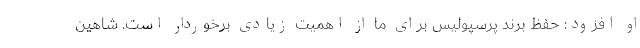
او افزود: حفظ برند پرسپولیس برای ما از اهمیت زیادی برخوردار است. شاهین